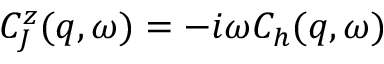
C _ { J } ^ { z } ( q , \omega ) = - i \omega C _ { h } ( q , \omega )